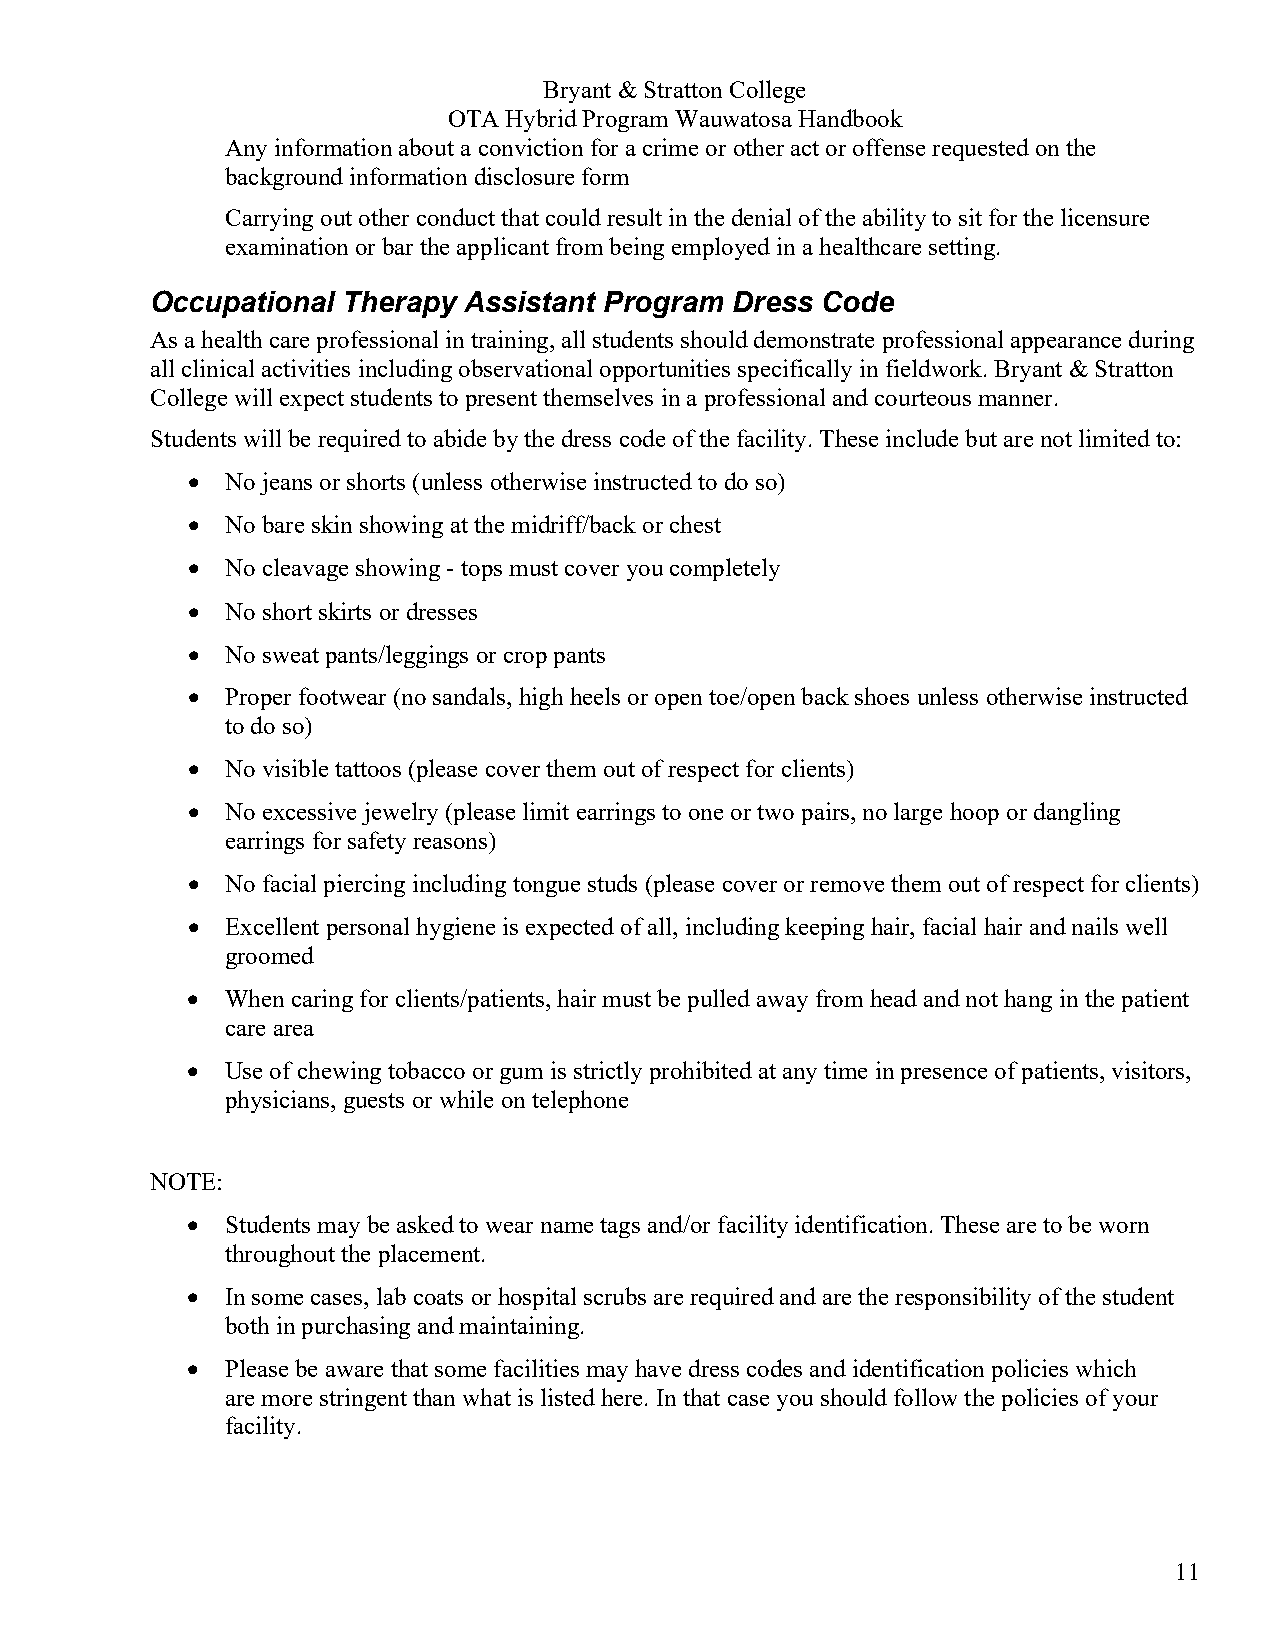
Bryant & Stratton College
 OTA Hybrid Program Wauwatosa Handbook
 Any information about a conviction for a crime or other act or offense requested on the
 background information disclosure form
 Carrying out other conduct that could result in the denial of the ability to sit for the licensure
 examination or bar the applicant from being employed in a healthcare setting.
 Occupational Therapy Assistant Program Dress Code
 As a health care professional in training, all students should demonstrate professional appearance during
 all clinical activities including observational opportunities specifically in fieldwork. Bryant & Stratton
 College will expect students to present themselves in a professional and courteous manner.
 Students will be required to abide by the dress code of the facility. These include but are not limited to:
 •  No jeans or shorts (unless otherwise instructed to do so)
 •  No bare skin showing at the midriff/back or chest
 •  No cleavage showing - tops must cover you completely
 •  No short skirts or dresses
 •  No sweat pants/leggings or crop pants
 •  Proper footwear (no sandals, high heels or open toe/open back shoes unless otherwise instructed
 to do so)
 •  No visible tattoos (please cover them out of respect for clients)
 •  No excessive jewelry (please limit earrings to one or two pairs, no large hoop or dangling
 earrings for safety reasons)
 •  No facial piercing including tongue studs (please cover or remove them out of respect for clients)
 •  Excellent personal hygiene is expected of all, including keeping hair, facial hair and nails well
 groomed
 •  When caring for clients/patients, hair must be pulled away from head and not hang in the patient
 care area
 •  Use of chewing tobacco or gum is strictly prohibited at any time in presence of patients, visitors,
 physicians, guests or while on telephone
 NOTE:
 •  Students may be asked to wear name tags and/or facility identification. These are to be worn
 throughout the placement.
 •  In some cases, lab coats or hospital scrubs are required and are the responsibility of the student
 both in purchasing and maintaining.
 •  Please be aware that some facilities may have dress codes and identification policies which
 are more stringent than what is listed here. In that case you should follow the policies of your
 facility.
 11